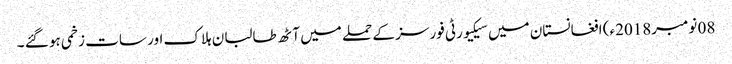
08 نومبر2018ء) افغانستان میں سیکیورٹی فورسز کے حملے میں آٹھ طالبان ہلاک اور سات زخمی ہو گئے ۔